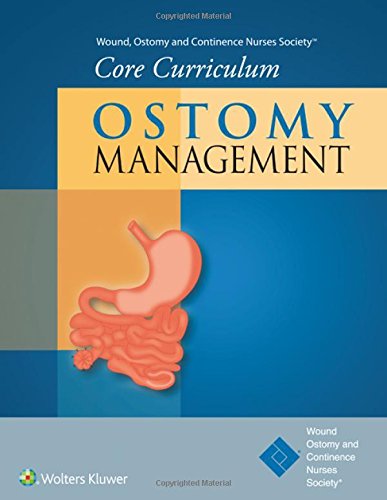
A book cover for Wound, Ostomy and Continence Nurses SocietyÂ® Core Curriculum: Ostomy Management; Ostomy and Continence Nurses SocietyÂ® Wound; Medical Books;